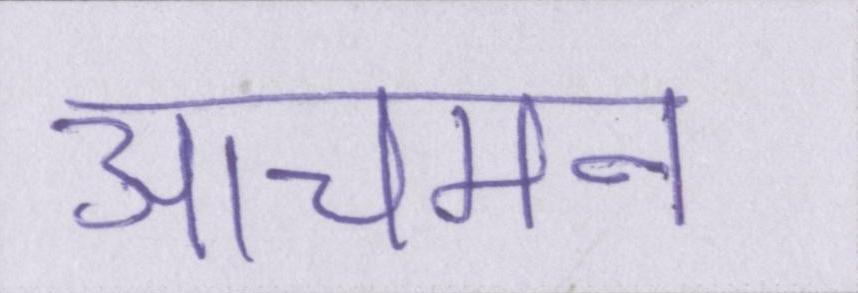
आचमन